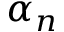
\alpha _ { n }